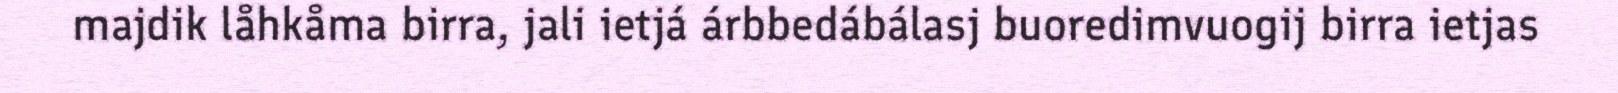
majdik låhkåma birra, jali ietjá árbbedábálasj buoredimvuogij birra ietjas